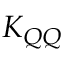
K _ { Q Q }